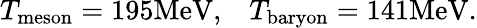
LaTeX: T_{\mathrm{meson}}=195\mathrm{MeV},\; \; \; T_{\mathrm{baryon}}=141\mathrm{MeV}.